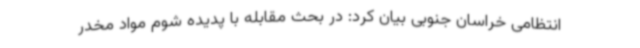
انتظامی خراسان جنوبی بیان کرد: در بحث مقابله با پدیده شوم مواد مخدر